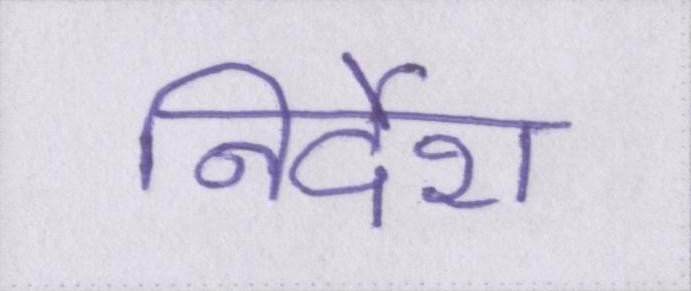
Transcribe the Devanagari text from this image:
निर्देश